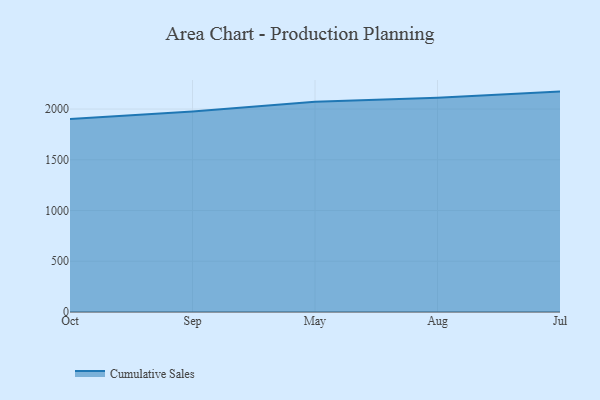
{"axis": {"x": "Month", "y": "Revenue (USD Million)"}, "legend": ["Cumulative Sales"], "data": [{"x": "Oct", "y": 1902.5, "type": "Cumulative Sales"}, {"x": "Sep", "y": 1975.1, "type": "Cumulative Sales"}, {"x": "May", "y": 2073.0, "type": "Cumulative Sales"}, {"x": "Aug", "y": 2110.3, "type": "Cumulative Sales"}, {"x": "Jul", "y": 2172.1, "type": "Cumulative Sales"}]}